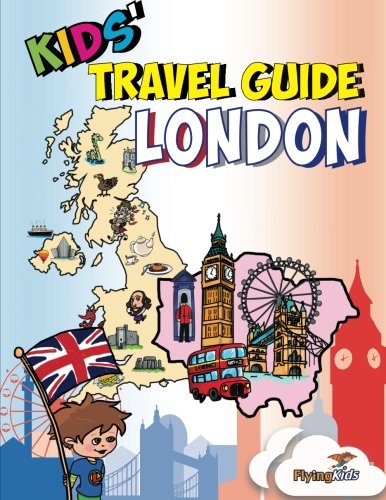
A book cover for Kids' Travel Guide - London: Kids enjoy the best of London with fascinating facts, fun activities, useful tips, quizzes and Leonardo! (Volume 41); Sara-Jane Williams; Travel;